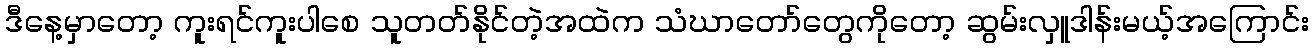
ဒီနေ့မှာတော့ ကူးရင်ကူးပါစေ သူတတ်နိုင်တဲ့အထဲက သံဃာတော်တွေကိုတော့ ဆွမ်းလှူဒါန်းမယ့်အကြောင်း